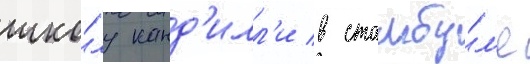
шко́лу канд'илл'и в стамбу́л'е